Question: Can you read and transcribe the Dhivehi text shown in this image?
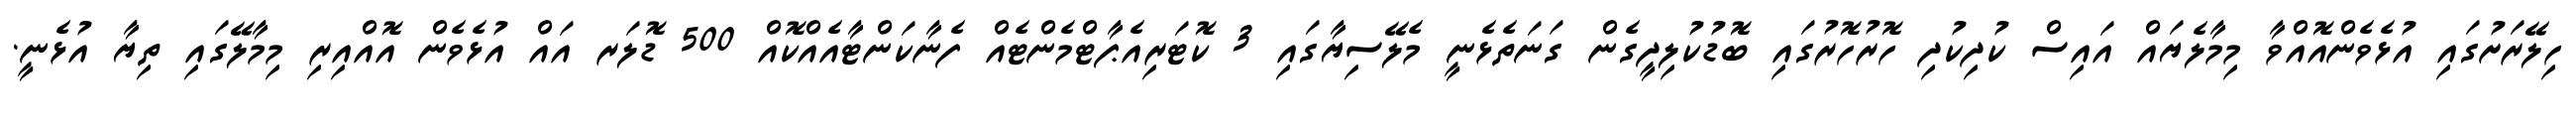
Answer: ހިލޭރަށުގައި އުޅެވެންއޮއްވާ މިމާލެޔައް އައިސް ކުދިކުދި ހޮރުހޮރުގައި ބޮޑުކުލިދީގެން ގަނަތެޅެނީ މެލޭސިޔާގައި 3 ކޮޓަރިއެޕާޓްމެންޓެއް ފެނާކަންޓާއެއްކޮއް 500 ޑޮލަރ އައް އުޅެވެން އޮއްއިރި މިމާލޭގައި ތިޔާ އުޅެނީ.